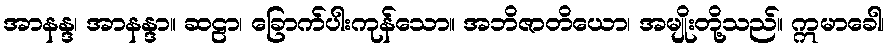
အာနန္ဒ၊ အာနန္ဒာ။ ဆဠာ၊ ခြောက်ပါးကုန်သော။ အဘိဇာတိယော၊ အမျိုးတို့သည်။ ဣမာခေါ၊